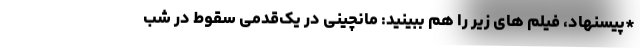
*پیسنهاد، فیلم های زیر را هم ببینید: مانچینی در یک‌قدمی سقوط در شب